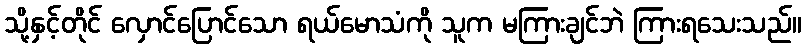
သို့နှင့်တိုင် လှောင်ပြောင်သော ရယ်မောသံကို သူက မကြားချင်ဘဲ ကြားရသေးသည်။